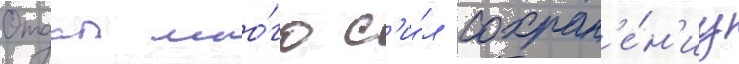
Отдал мно́го с'и́л сохран'е́н'иу